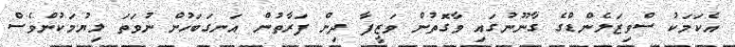
އެކަމަކު ސްވިޒަލެންޑްގެ ގާނޫނުގައި ވާގޮތުން ވަޒީފާ ދިން ފަރާތުން އަނގަބަހުން ނުވަތަ ލިޔުމަކުންވެސް